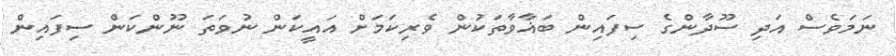
ނަމަވެސް އަދި ސޫދާންގެ ސިފައިން ބަޣާވާތަކުން ވެރިކަމަށް އައީކަން ނުވަތަ ނޫންކަން ސިފައިން